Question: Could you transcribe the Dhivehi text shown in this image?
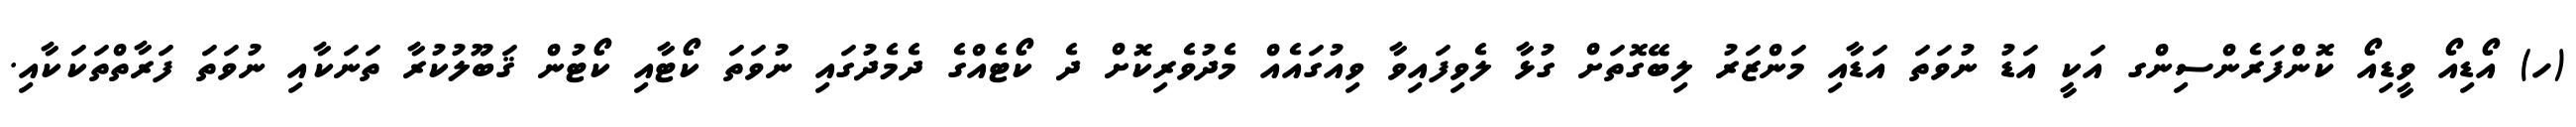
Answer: (ހ) އޯޑިއޯ ވީޑިއޯ ކޮންފަރެންސިންގ އަކީ އަޑު ނުވަތަ އަޑާއި މަންޒަރު ލިބޭގޮތަށް ގުޅާ ލެވިފައިވާ ވިއުގައެއް މެދުވެރިކޮށް ދެ ކޯޓެއްގެ ދެމެދުގައި ނުވަތަ ކޯޓާއި ކޯޓުން ޤަބޫލުކުރާ ތަނަކާއި ނުވަތަ ފަރާތްތަކަކާއި.